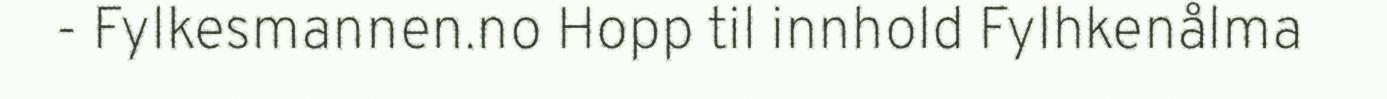
- Fylkesmannen.no Hopp til innhold Fylhkenålma